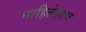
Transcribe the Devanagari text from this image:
पाहिलेलाच